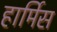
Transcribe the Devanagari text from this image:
हार्मिस